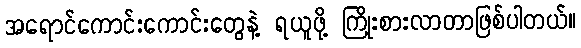
အရောင်ကောင်းကောင်းတွေနဲ့ ရယူဖို့ ကြိုးစားလာတာဖြစ်ပါတယ်။